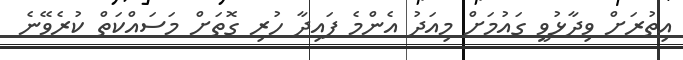
އިތުރަށް ވިދާޅުވީ ގައުމަށް މިއަދު އެންމެ ފައިދާ ހުރި ގޮތަށް މަސައްކަތް ކުރެވޭނެ